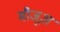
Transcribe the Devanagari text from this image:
मौजूअ